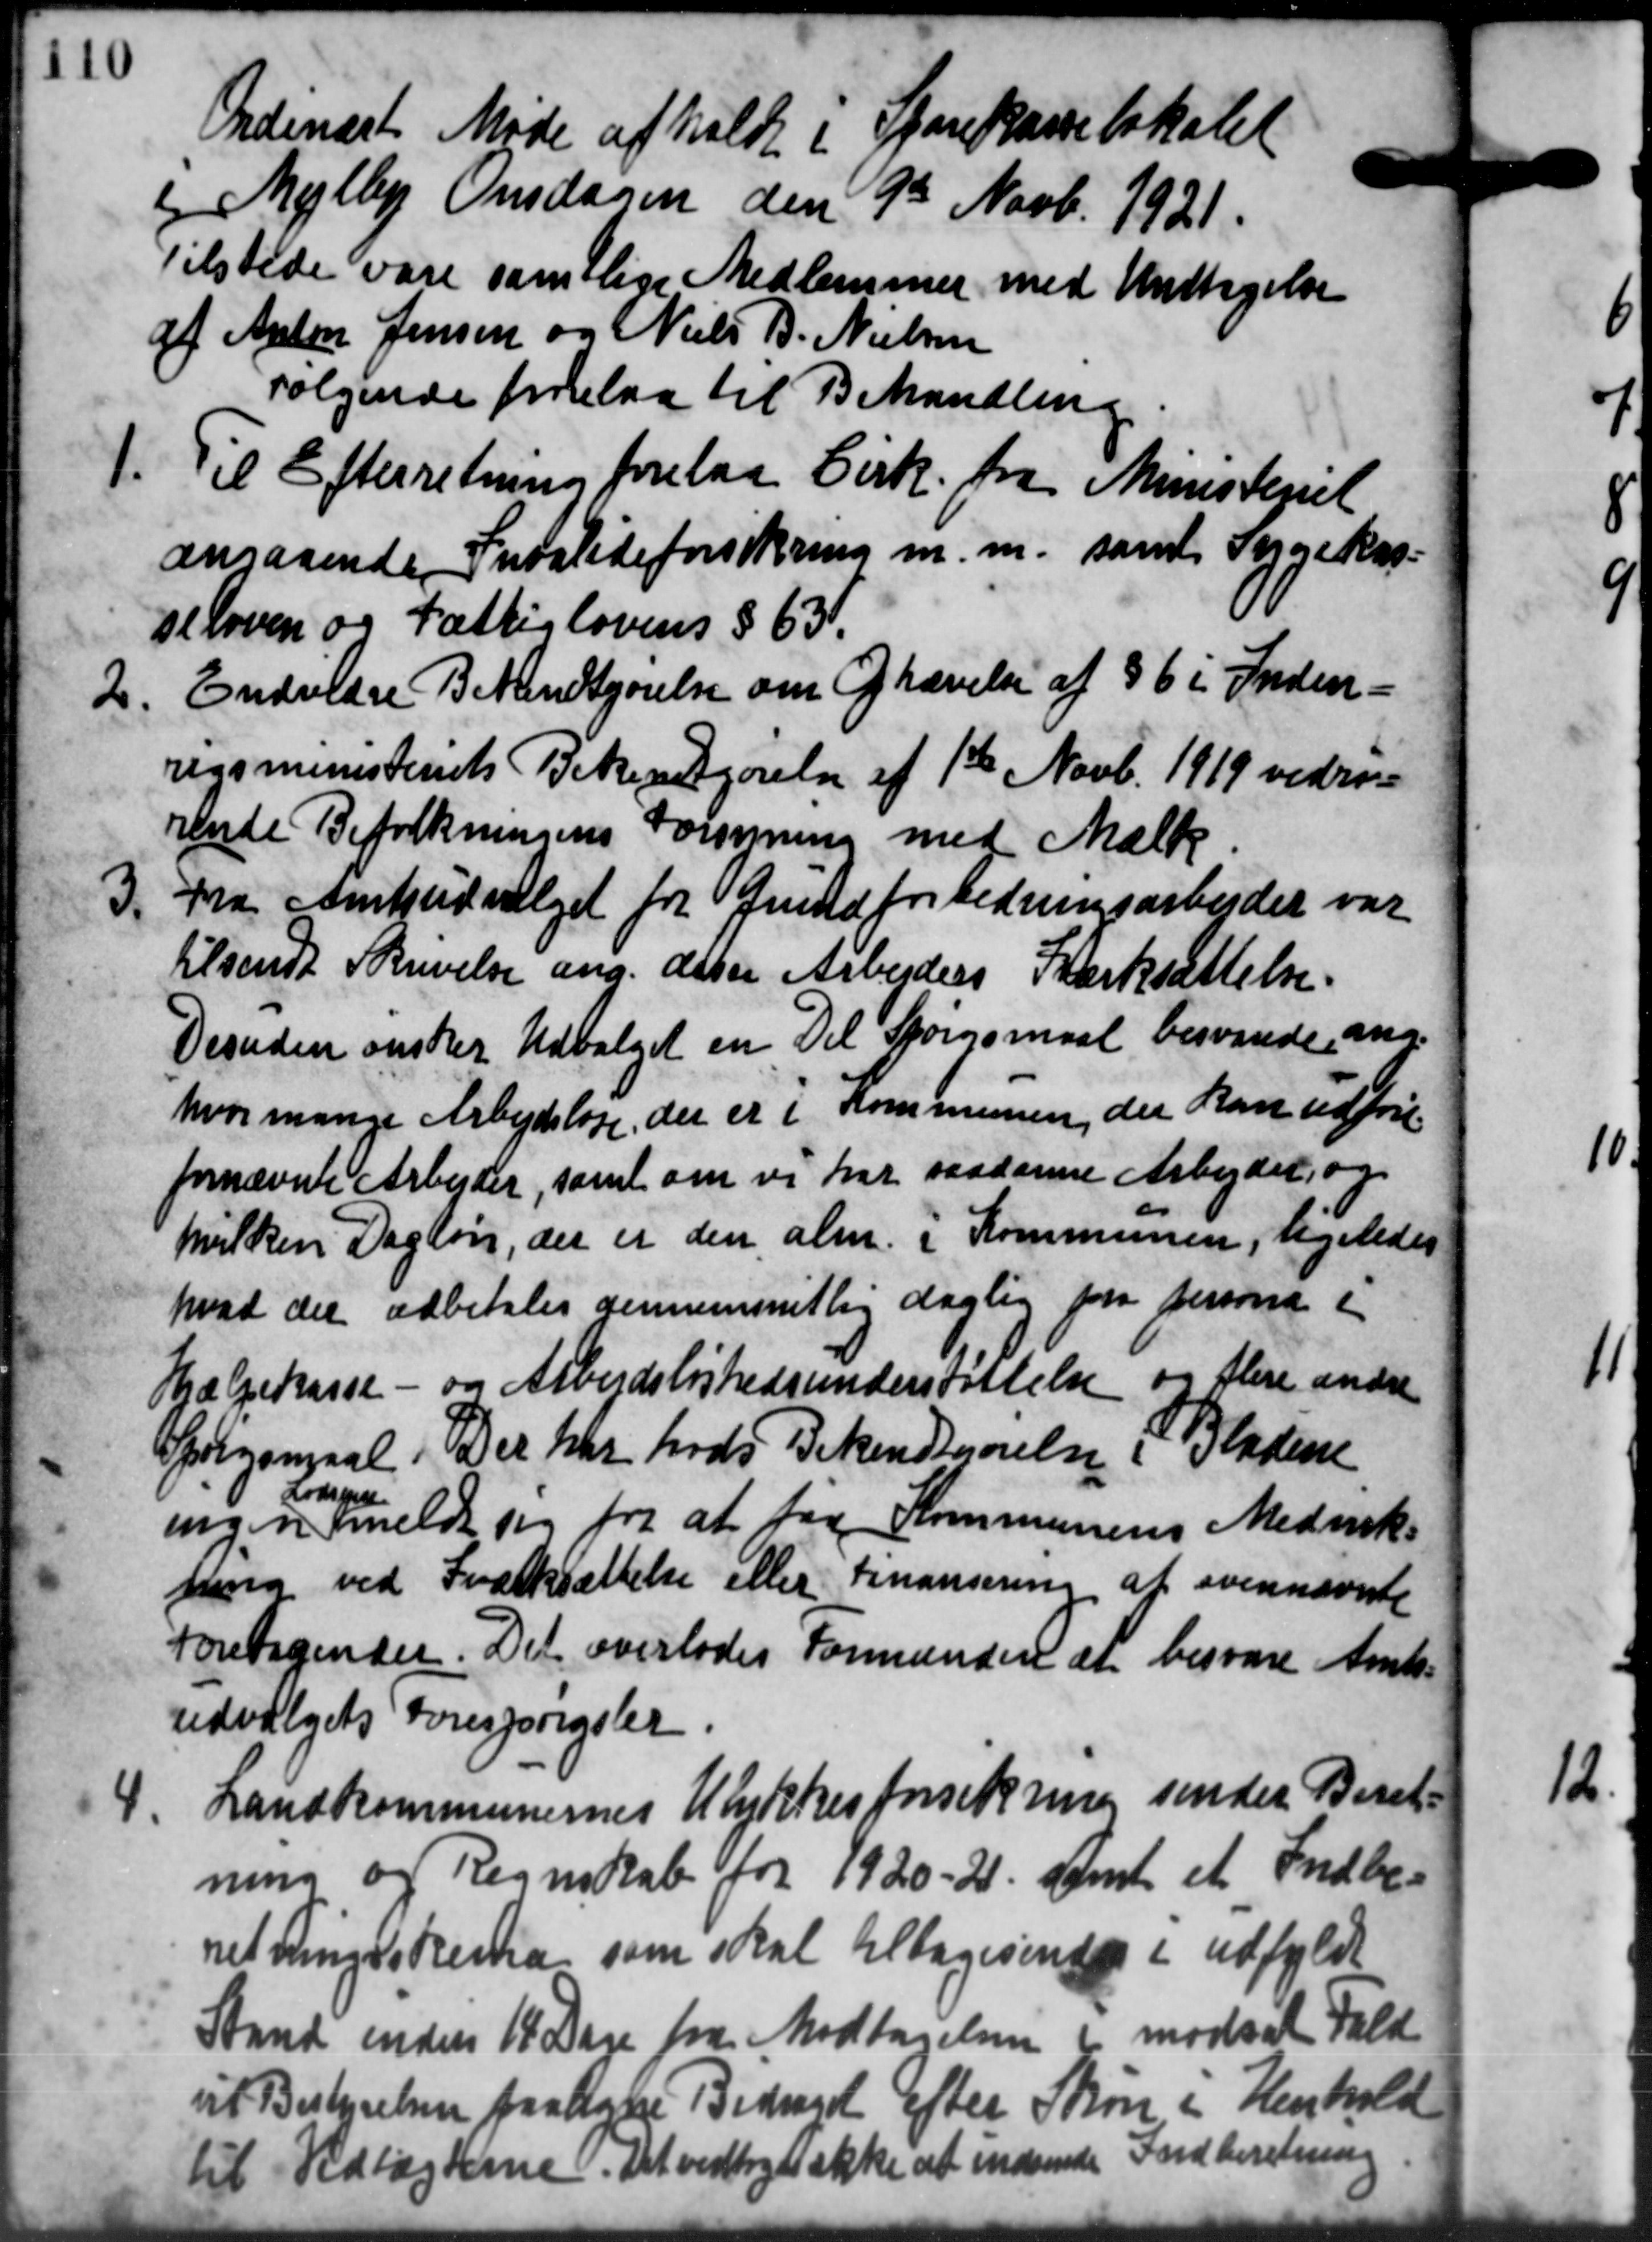
Transskription:
Ordinært Møde afholdt i Sparekasselokalet
 Mejlby Onsdagen den 9de Novb. 1921.
Tilstede vare samtlige Medlemmer med Undtagelse
af Anton Jensen og Niels B. Nielsen
Følgende forelaa til Behandling
1. Til Efterretning forelaa Cirk. fra Ministeriet
1. Til Efterretning forelaa Cirk. fra Ministeriet
angaaende Invalideforsikring m. m. samt Sygekas-
seloven og Fattiglovens § 63.
2.
Endvidre Bekendtgørelse om Grævelse af §6 i Inden-
rigsministeriets Bekendtgørelse af 1ste Novb. 1919 vedrøre
rende Befolkningens Forenning med Mælk
3.
fra Amtsudvalget for Grundforbedringsarbejder var
tilsendt Skrivelse ang. deter Arbejders Snorksættelse.
Desuden ønsker Udvalget en Del Spørgsmaal besvarede, ang.
hvor mange Arbejdsløse, der er i Kommunen, der kan udføre
fornævnte Arbejder, samt om vi har saadanne Arbejdet og
hvilken Dagløn, der er den alm. i Kommunen, ligeledes
hvad der udbetales dennemsnitlig daglig fra persone i
Hjælpekasse - og Arbejdsløshedsunderstøttelse og flere andre
Opgangaal. Det har hods Bekendtgørelse i Bladene
Lodsejer
ingen meldt sig fra at faa Kommunens Mederiks
ning ved Sværksættelse eller Finansering af ovennævnte
Foretagende. Det overlodes Formanden at besvare Amts-
udvalgets Forespørgsler.
4.
Landkommunernes Udkkesforsikring sender Beret-
ning og Regnskab for 1920-21. Amt et Indbe-
ret Ringsskema som skal tilbagesende i udfyldt
Stand inden 14 Dage fra Modtagelsen i modsat Fald
vit Bestyrelsen paaligne Bedvard efter Skov i Henhold
til Vedtægterne. Det vedtoges ikke at indsende Indberetning